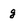
Character: g